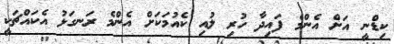
ކިޑްނީ އަށް އެންމެ ފައިދާ ހުރި ލުއި ކެއުމަކަށް އެންމެ ރަނގަޅު އެކައްޗަކީ